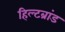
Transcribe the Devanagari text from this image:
हिल्टब्रांड